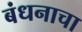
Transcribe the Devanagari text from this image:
बंधनाचा